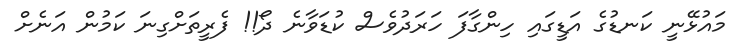
މައުޅޭނީ ކަނޑުގެ އަޑީގައި ހިންގާފަ ހަރަދުވެސް ކުޑަވާނެ ދޯ!! ފެރީތަށްގިނަ ކަމުން އަނެށް